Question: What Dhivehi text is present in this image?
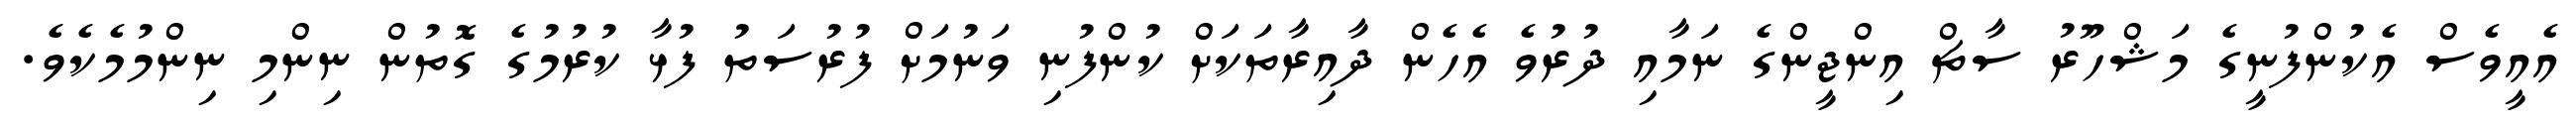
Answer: އެއީވެސް އެކުންފުނީގެ މަޝްހޫރު ސާޗް އިންޖީންގެ ނަމާއި ދުރުވެ އެހެން ދާއިރާތަކަށް ކުންފުނި ވަނުމަށް ފުރުސަތު ފުޅާ ކުރުމުގެ ގޮތުން ނިންމި ނިންމުމެކެވެ.